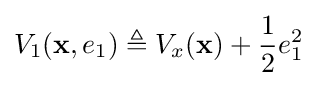
V_{1}(\mathbf {x} ,e_{1})\triangleq V_{x}(\mathbf {x} )+{\frac {1}{2}}e_{1}^{2}